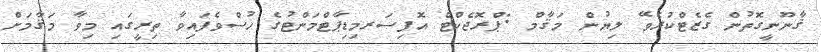
ޤާނޫނީގޮތުން ގެޒެޓްކުރެވޭ ލިޔުން މަޤާމް :ޕްރޮޖެކްޓް އޮފިސަރމިޑިޕާޓްމަންޓުގެ ހުސްވެފައިވާ ތިރީގައި މިވާ މަޤާމަށް